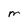
Character: M